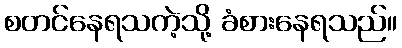
စတင်နေရသကဲ့သို့ ခံစားနေရသည်။